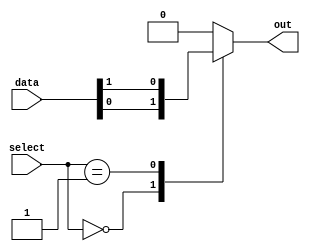
module mux512to1 (
    input [511:0] data,
    input [8:0] select,
    output reg out
);

always @(*) begin
    case (select)
        9'b000000000: out = data[0];
        9'b000000001: out = data[1];
        // continue for all 512 inputs
        default: out = 0; // default behavior can be changed as per requirement
    endcase
end

endmodule